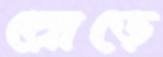
রোড়ে